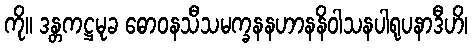
ကို။ ဒန္တကဋ္ဌမုခ ဓောဝနသီသမက္ခနနဟာနနိဝါသနပါရုပနာဒီဟိ၊